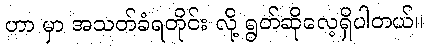
ဟာ မှာ အသတ်ခံရတိုင်း လို့ ရွတ်ဆိုလေ့ရှိပါတယ်။